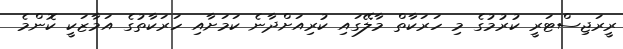
ރީރަޖިސްޓަރީ ކުރުމުގެ މި ހަރަކާތް މާލޭގައި ކުރިއަށްދާނެ ކަމަށާއި ހަރަކާތުގެ އަމާޒަކީ ކޮންމެ